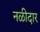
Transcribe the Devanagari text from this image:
नळीदार